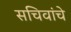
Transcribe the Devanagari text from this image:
सचिवांचे